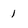
Character: 1